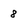
Character: 8